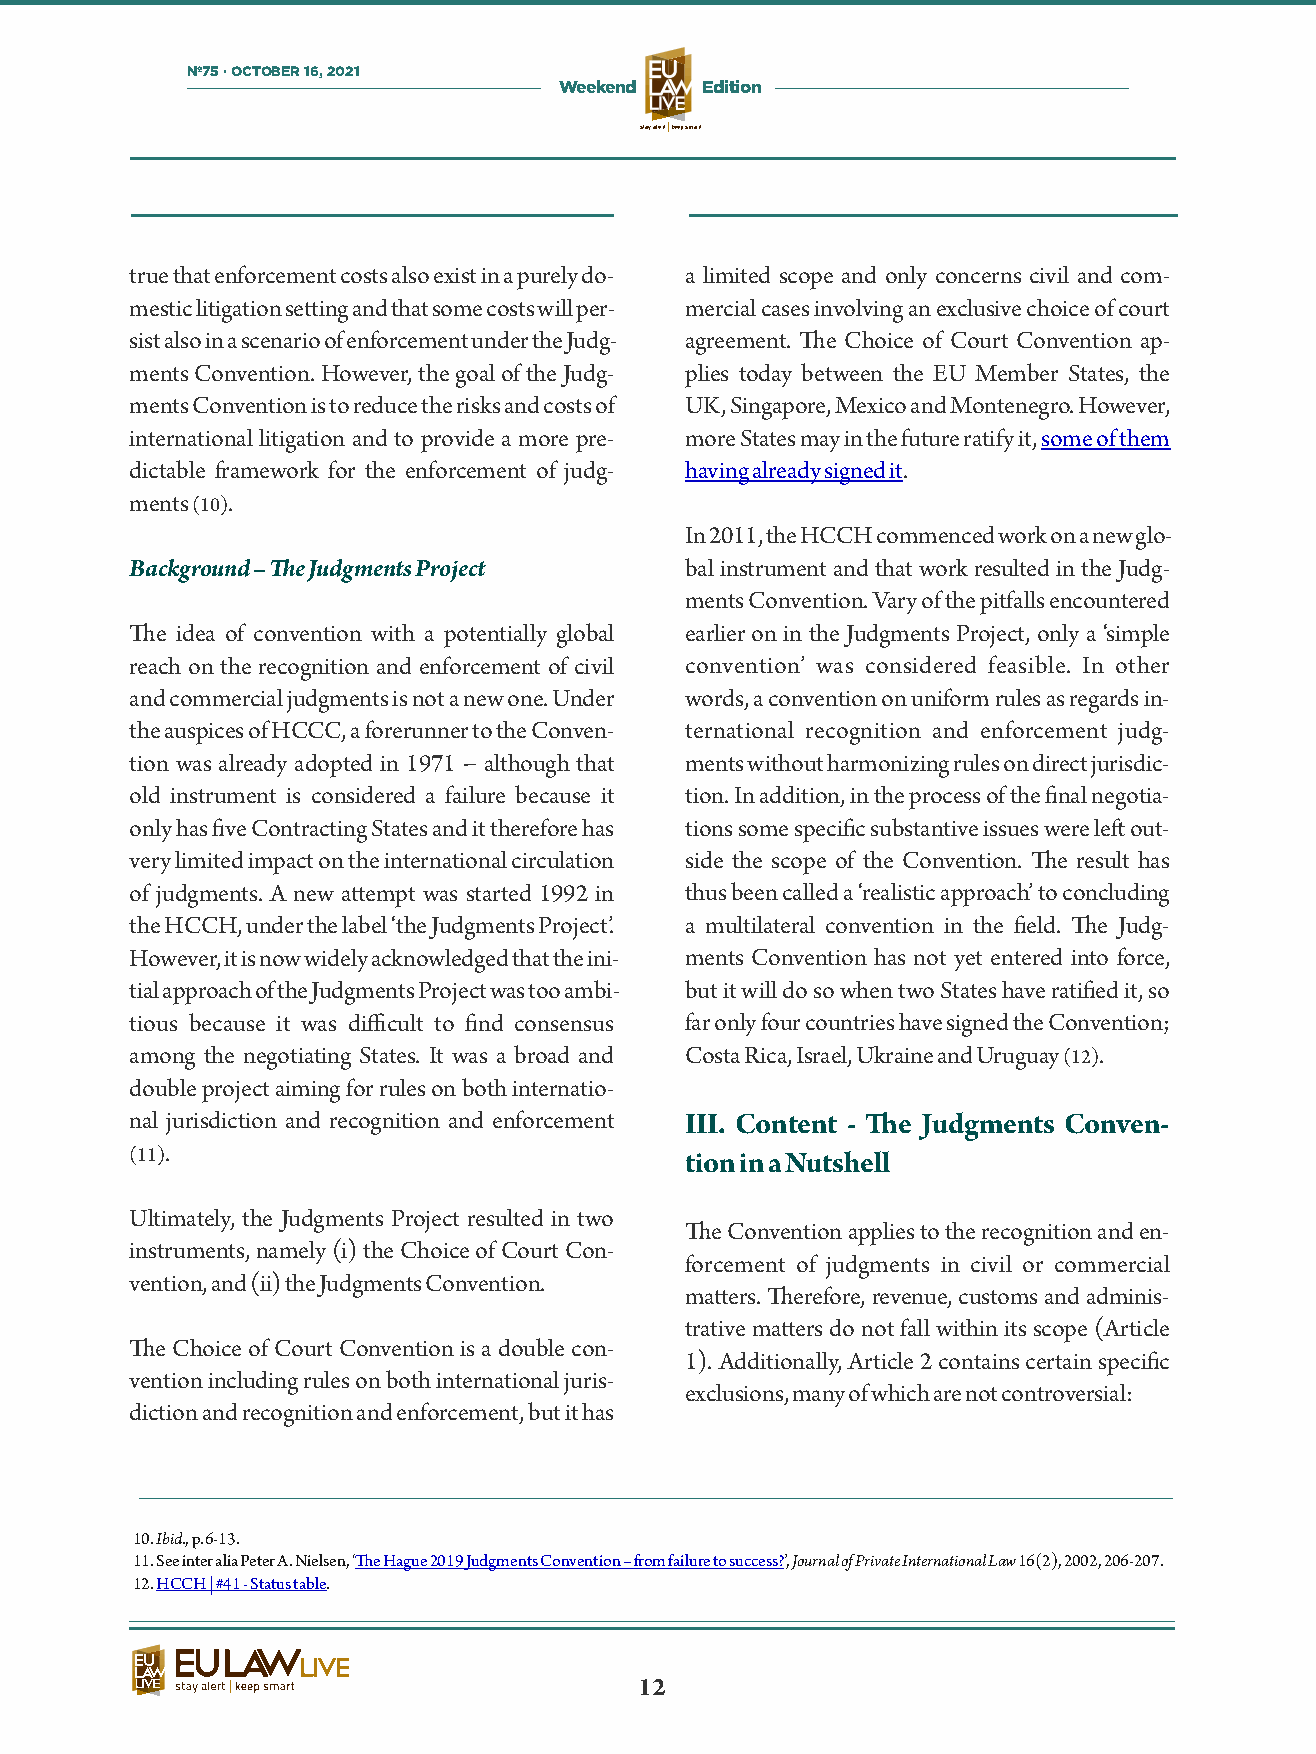
Nº75 · OCTOBER 16, 2021
 Weekend  Edition
 stay alertkeep smart
 true that enforcement costs also exist in a purely do- a limited scope and only concerns civil and com-
 mestic litigation seing and that some costs will per- mercial cases involving an exclusive choice of court
 sist also in a scenario of enforcement under the Judg- agreement. e Choice of Court Convention ap-
 ments Convention. However, the goal of the Judg- plies today between the EU Member States, the
 ments Convention is to reduce the risks and costs of UK, Singapore, Mexico and Montenegro. However,
 international litigation and to provide a more pre- more States may in the future ratify it, some of them
 dictable framework for the enforcement of judg- having already signed it.
 ments (10).
 In 2011, the HCCH commenced work on a new glo-
 Background – e Judgments Project   bal instrument and that work resulted in the Judg-
 ments Convention. Vary of the pitfalls encountered
 e idea of convention with a potentially global earlier on in the Judgments Project, only a ‘simple
 reach on the recognition and enforcement of civil convention’ was considered feasible. In other
 and commercial judgments is not a new one. Under words, a convention on uniform rules as regards in-
 the auspices of HCCC, a forerunner to the Conven- ternational recognition and enforcement judg-
 tion was already adopted in 1971 − although that ments without harmonizing rules on direct jurisdic-
 old instrument is considered a failure because it tion. In addition, in the process of the nal negotia-
 only has ve Contracting States and it therefore has tions some specic substantive issues were le out-
 very limited impact on the international circulation side the scope of the Convention. e result has
 of judgments. A new aempt was started 1992 in thus been called a ‘realistic approach’ to concluding
 the HCCH, under the label ‘the Judgments Project’. a multilateral convention in the eld. e Judg-
 However, it is now widely acknowledged that the ini- ments Convention has not yet entered into force,
 tial approach of the Judgments Project was too ambi- but it will do so when two States have ratied it, so
 tious because it was difficult to nd consensus far only four countries have signed the Convention;
 among the negotiating States. It was a broad and Costa Rica, Israel, Ukraine and Uruguay (12).
 double project aiming for rules on both internatio-
 nal jurisdiction and recognition and enforcement III. Content - e Judgments Conven-
 (11).
 tion in a Nutshell
 Ultimately, the Judgments Project resulted in two
 e Convention applies to the recognition and en-
 instruments, namely (i) the Choice of Court Con-
 forcement of judgments in civil or commercial
 vention, and (ii) the Judgments Convention.
 maers. erefore, revenue, customs and adminis-
 trative maers do not fall within its scope (Article
 e Choice of Court Convention is a double con-
 1). Additionally, Article 2 contains certain specic
 vention including rules on both international juris-
 exclusions, many of which are not controversial:
 diction and recognition and enforcement, but it has
 10. Ibid., p. 6-13.
 11. See inter alia Peter A. Nielsen, ‘e Hague 2019 Judgments Convention – from failure to success?’, Journal of Private International Law 16(2), 2002, 206-207.
 12. HCCH | #41 - Status table.
 12